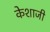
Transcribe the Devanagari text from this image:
केशाजी